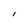
Character: I